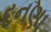
દનણા